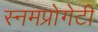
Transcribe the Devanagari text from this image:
स्नमप्रोगेटी